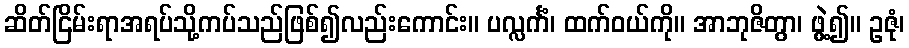
ဆိတ်ငြိမ်းရာအရပ်သို့ကပ်သည်ဖြစ်၍လည်းကောင်း။ ပလ္လင်္ကံ၊ ထက်ဝယ်ကို။ အာဘုဇိတွာ၊ ဖွဲ့၍။ ဥဇုံ၊